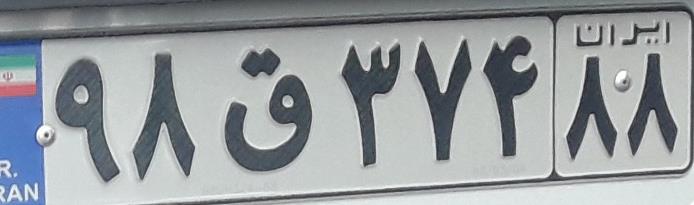
۹۸ق۳۷۴۸۸